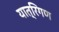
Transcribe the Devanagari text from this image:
यात्रिगण